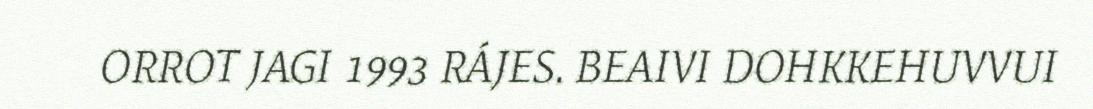
ORROT JAGI 1993 RÁJES. BEAIVI DOHKKEHUVVUI